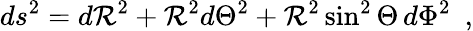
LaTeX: ds^{2}=d{{\cal R}}^{2}+{{\cal R}}^{2}d{\Theta}^{2}+{{\cal R}}^{2}\sin^{2}\Theta\, d\Phi^{2}\ \ ,